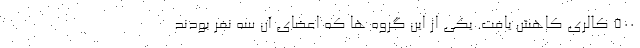
500 کالری کاهش یافت. یکی از این گروه ها که اعضای آن سه نفر بودند